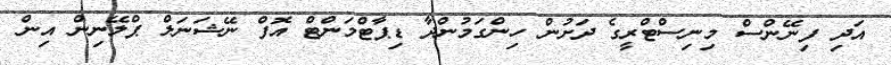
އަދި ފިނޭންސް މިނިސްޓްރީގެ ދަށުން ހިންގަމުންދާ ޑިޕާޓްމަންޓް އޮފް ނޭޝަނަލް ޕްލޭނިން އިން